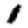
Digit: 1